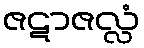
ဇဋာဇလ္လံ